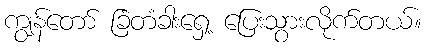
ကျွန်တော် ခြံတံခါးရှေ့ ပြေးသွားလိုက်တယ်။